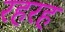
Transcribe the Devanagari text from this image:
रहरह